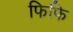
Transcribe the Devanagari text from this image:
फिफि